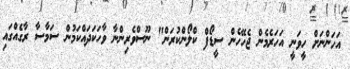
އަހަންނަށް ހީވަނީ އަހަރެމެން ޖެހޭހެން ސީޑޯފް ކްލޯންކުރަން" ނޫސްވެރިންނާ ވާހަކަދައްކަމުން ސަމާސާ ރާގެއްގައި